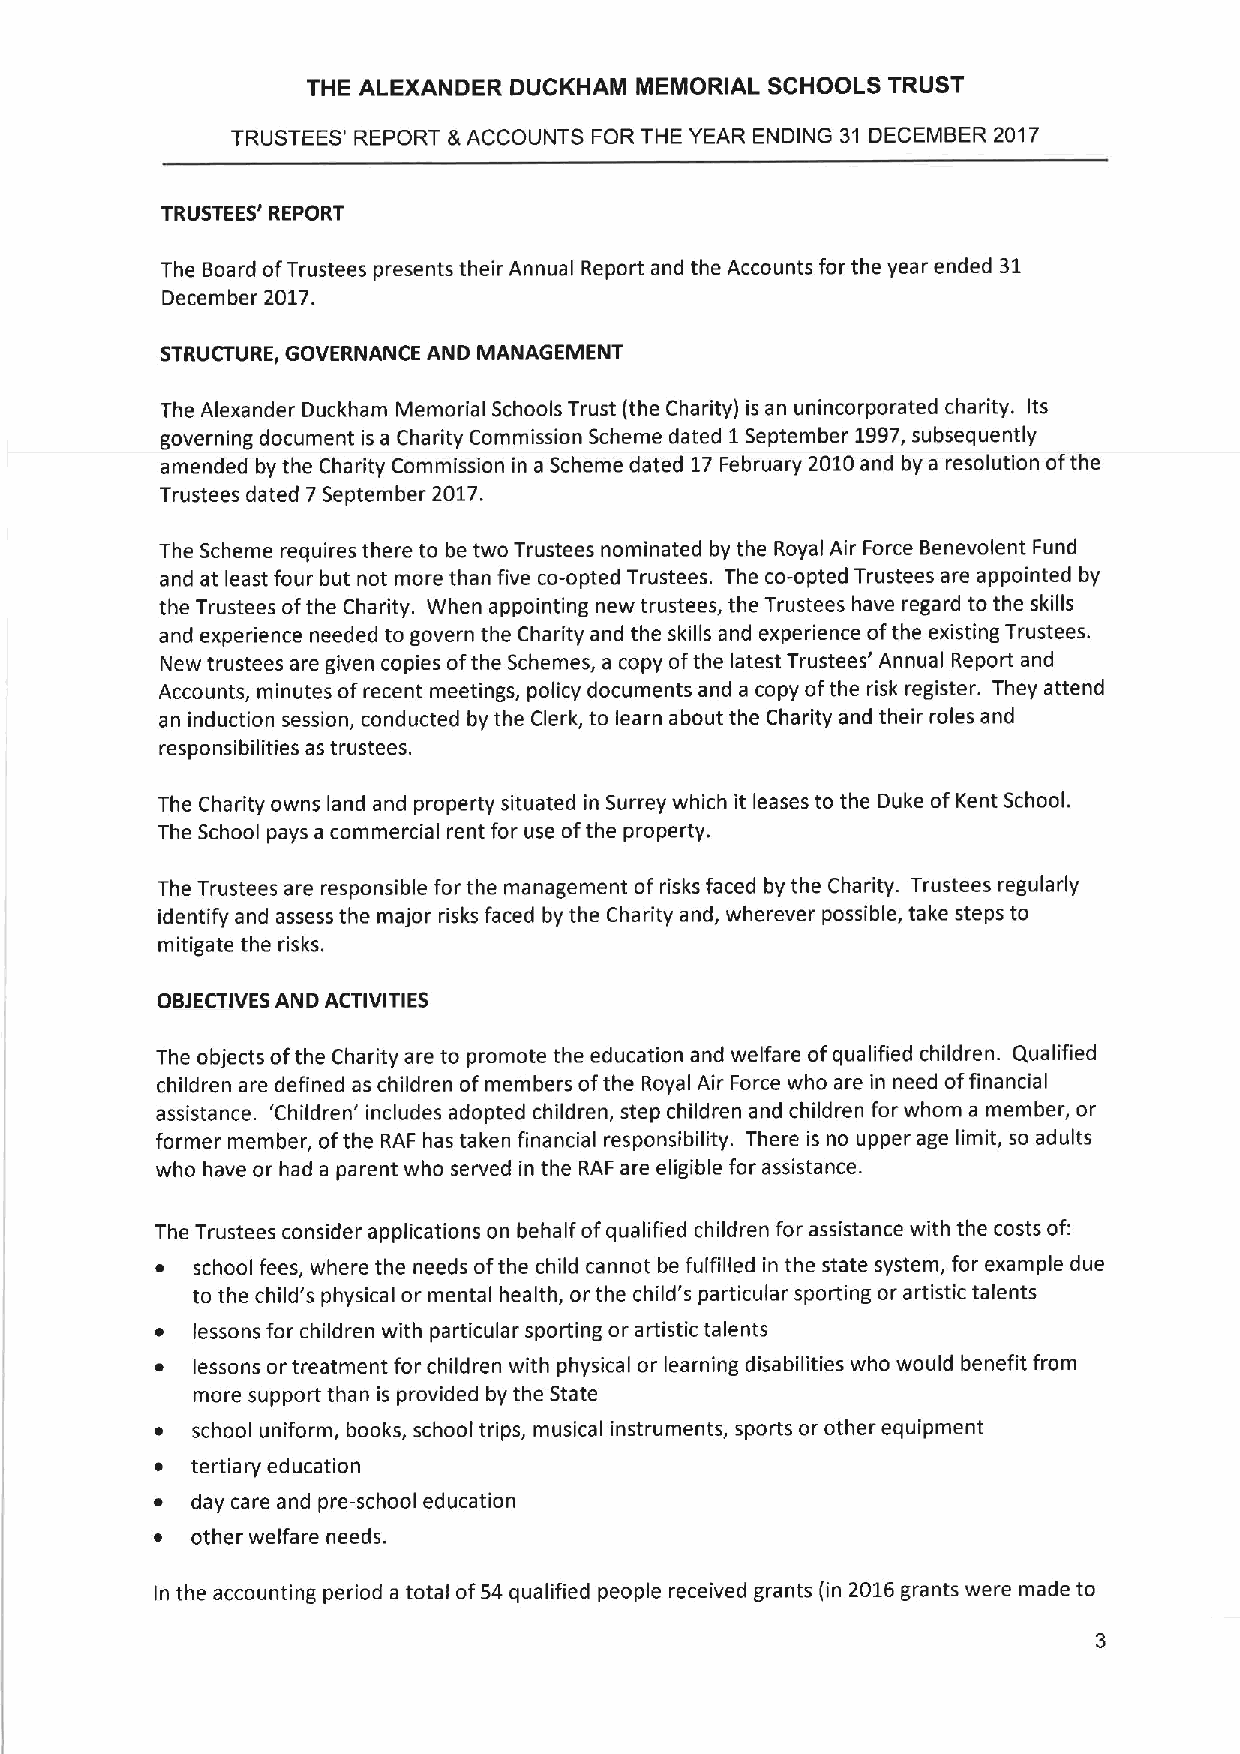
THE ALEXANDER DUCKHAM MEMORIAL SCHOOLS TRUST
 TRUSTEES' REPORT &ACCOUNTS FOR THE YEAR ENDING 31 DECEMBER 2017
 TRUSTEES' REPORT
 The Board ofTrustees presents their Annual Report and the Accounts for the year ended 31
 December 2017.
 STRUCTURE, GOVERNANCE AND MANAGEMENT
 The Alexander Duckham Memorial Schools Trust (the Charity) is an unincorporated charity. Its
 governing document is a Charity Commission Scheme dated 1September 1997,subsequently
 amended by the Charity Commission in a Scheme dated 17February 2010and by a resolution ofthe
 Trustees dated 7September 2017.
 The Scheme requires there to be two Trustees nominated by the Royal Air Force Benevolent Fund
 and at least four but not more than five co-opted Trustees. 1he co-opted Trustees are appointed by
 the Trustees ofthe Charity. When appointing new trustees, the Trustees have regard to the skills
 and experience needed to govern the Charity and the skills and experience ofthe existing Trustees.
 New trustees are given copies ofthe Schemes, a copy ofthe latest Trustees' Annual Report and
 Accounts, minutes ofrecent meetings, policy documents and a copy ofthe risk register. They attend
 an induction session, conducted by the Clerk, to learn about the Charity and their roles and
 responsibilities as trustees.
 The Charity owns land and property situated in Surrey which it leases to the Duke of Kent School.
 The School pays a commercial rent for use ofthe property.
 The Trustees are responsible for the management of risks faced by the Charity. Trustees regularly
 identify and assess the major risks faced by the Charity and, wherever possible, take steps to
 mitigate the risks.
 OBJECTIVESAND ACTIVITIES
 The objects ofthe Charity are to promote the education and welfare ofqualified children. Qualified
 children are defined as children ofmembers ofthe Royal Air Force who are in need offinancial
 assistance. 'Children' includes adopted children, step children and children for whom a member, or
 former member, ofthe RAF has taken financial responsibility. There is no upper age limit, so adults
 who have or had a parent who served in the RAF are eligible for assistance.
 The Trustees consider applications on behalf ofqualified children for assistance with the costs of:
 ~  school fees, where the needs ofthe child cannot be fulfilled in the state system, for example due
 to the child's physical or mental health, or the child's particular sporting or artistic talents
 ~  lessons for children with particular sporting or artistic talents
 ~  lessons or treatment for children with physical or learning disabilities who would benefit from
 more support than is provided by the State
 ~  school uniform, books, school trips, musical instruments, sports or other equipment
 ~  tertiary education
 ~  day care and pre-school education
 ~  other welfare needs.
 In the accounting period a total of54 qualified people received grants (in 2016grants were made to